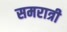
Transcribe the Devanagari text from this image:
समरात्री